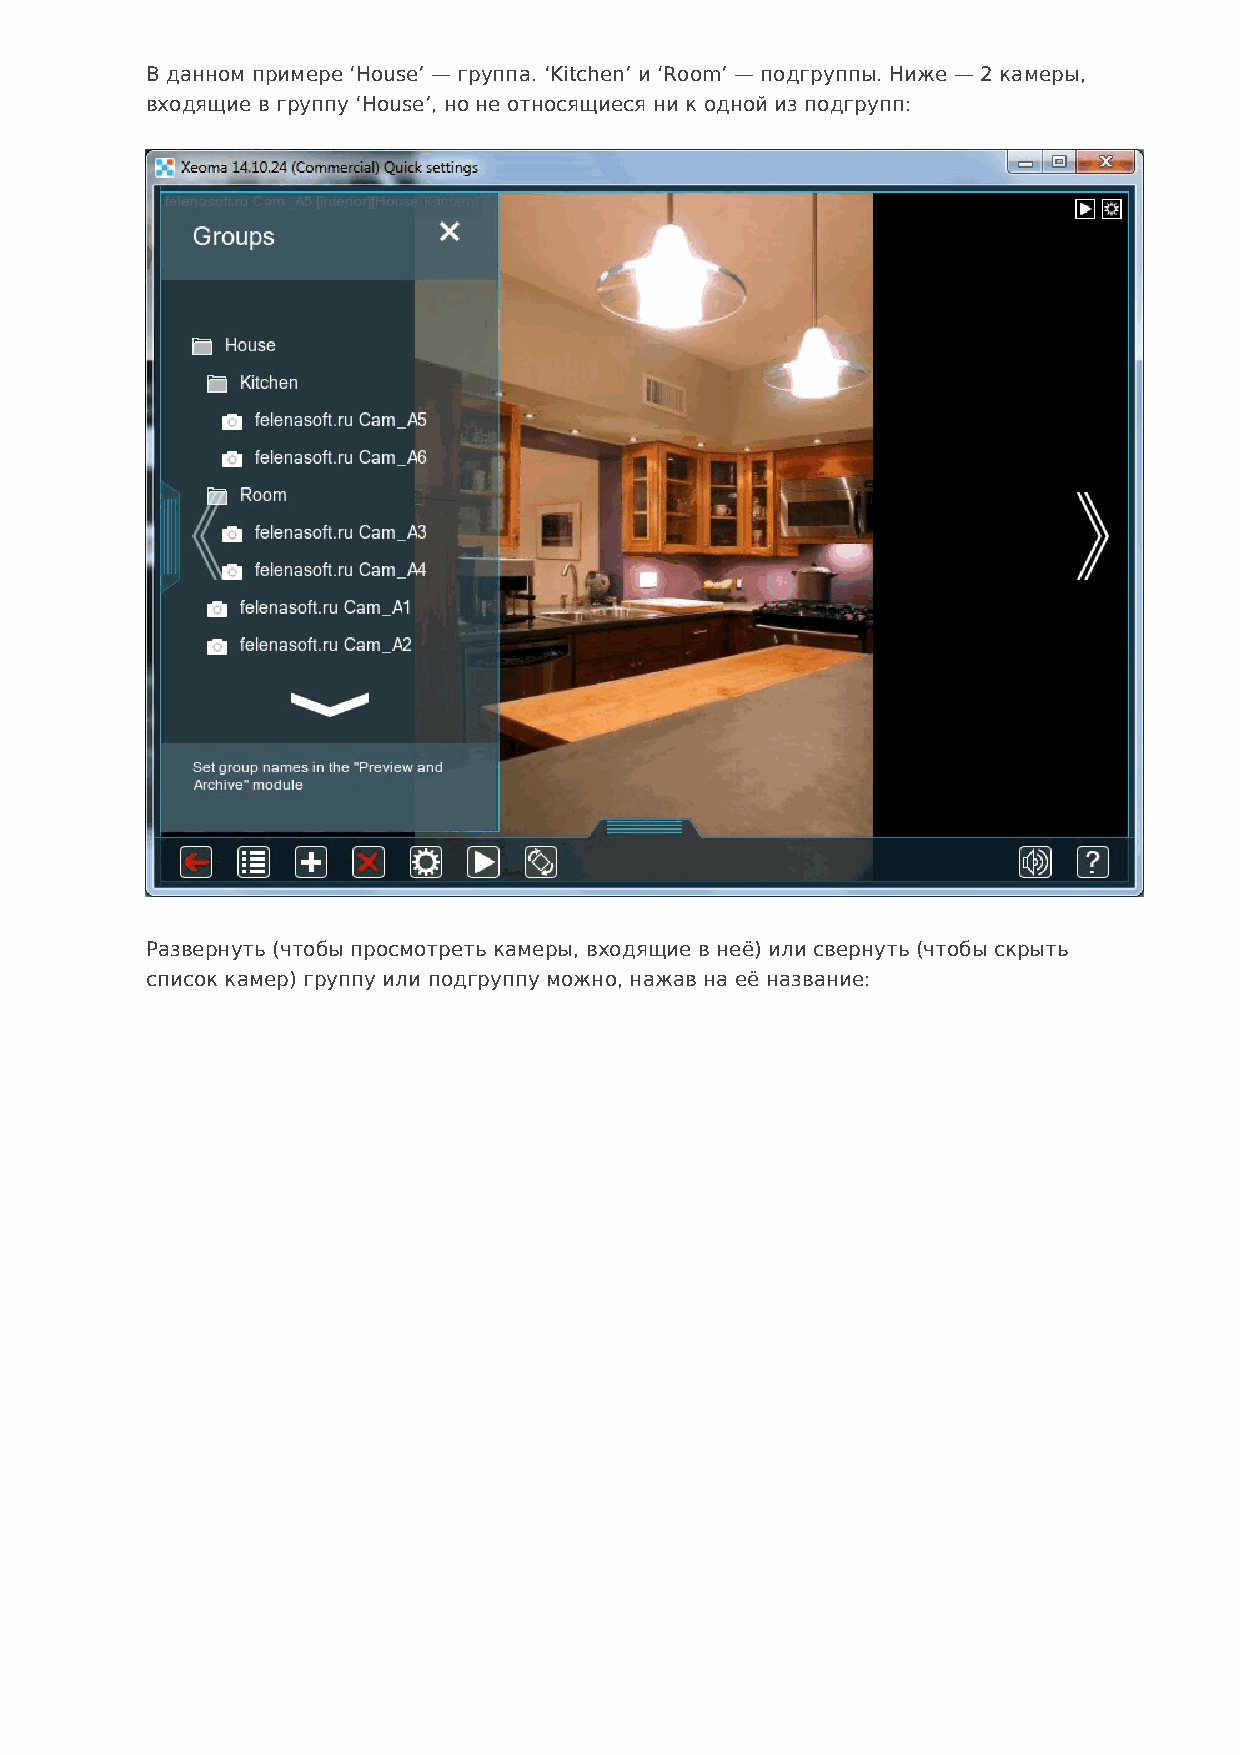
В данном примере ‘House’ — группа. ‘Kitchen’ и ‘Room’ — подгруппы. Ниже — 2 камеры,
 входящие в группу ‘House’, но не относящиеся ни к одной из подгрупп:
 Развернуть (чтобы просмотреть камеры, входящие в неё) или свернуть (чтобы скрыть
 список камер) группу или подгруппу можно, нажав на её название: